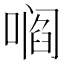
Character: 𫫦